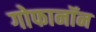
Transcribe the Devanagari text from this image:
गोफानॉन